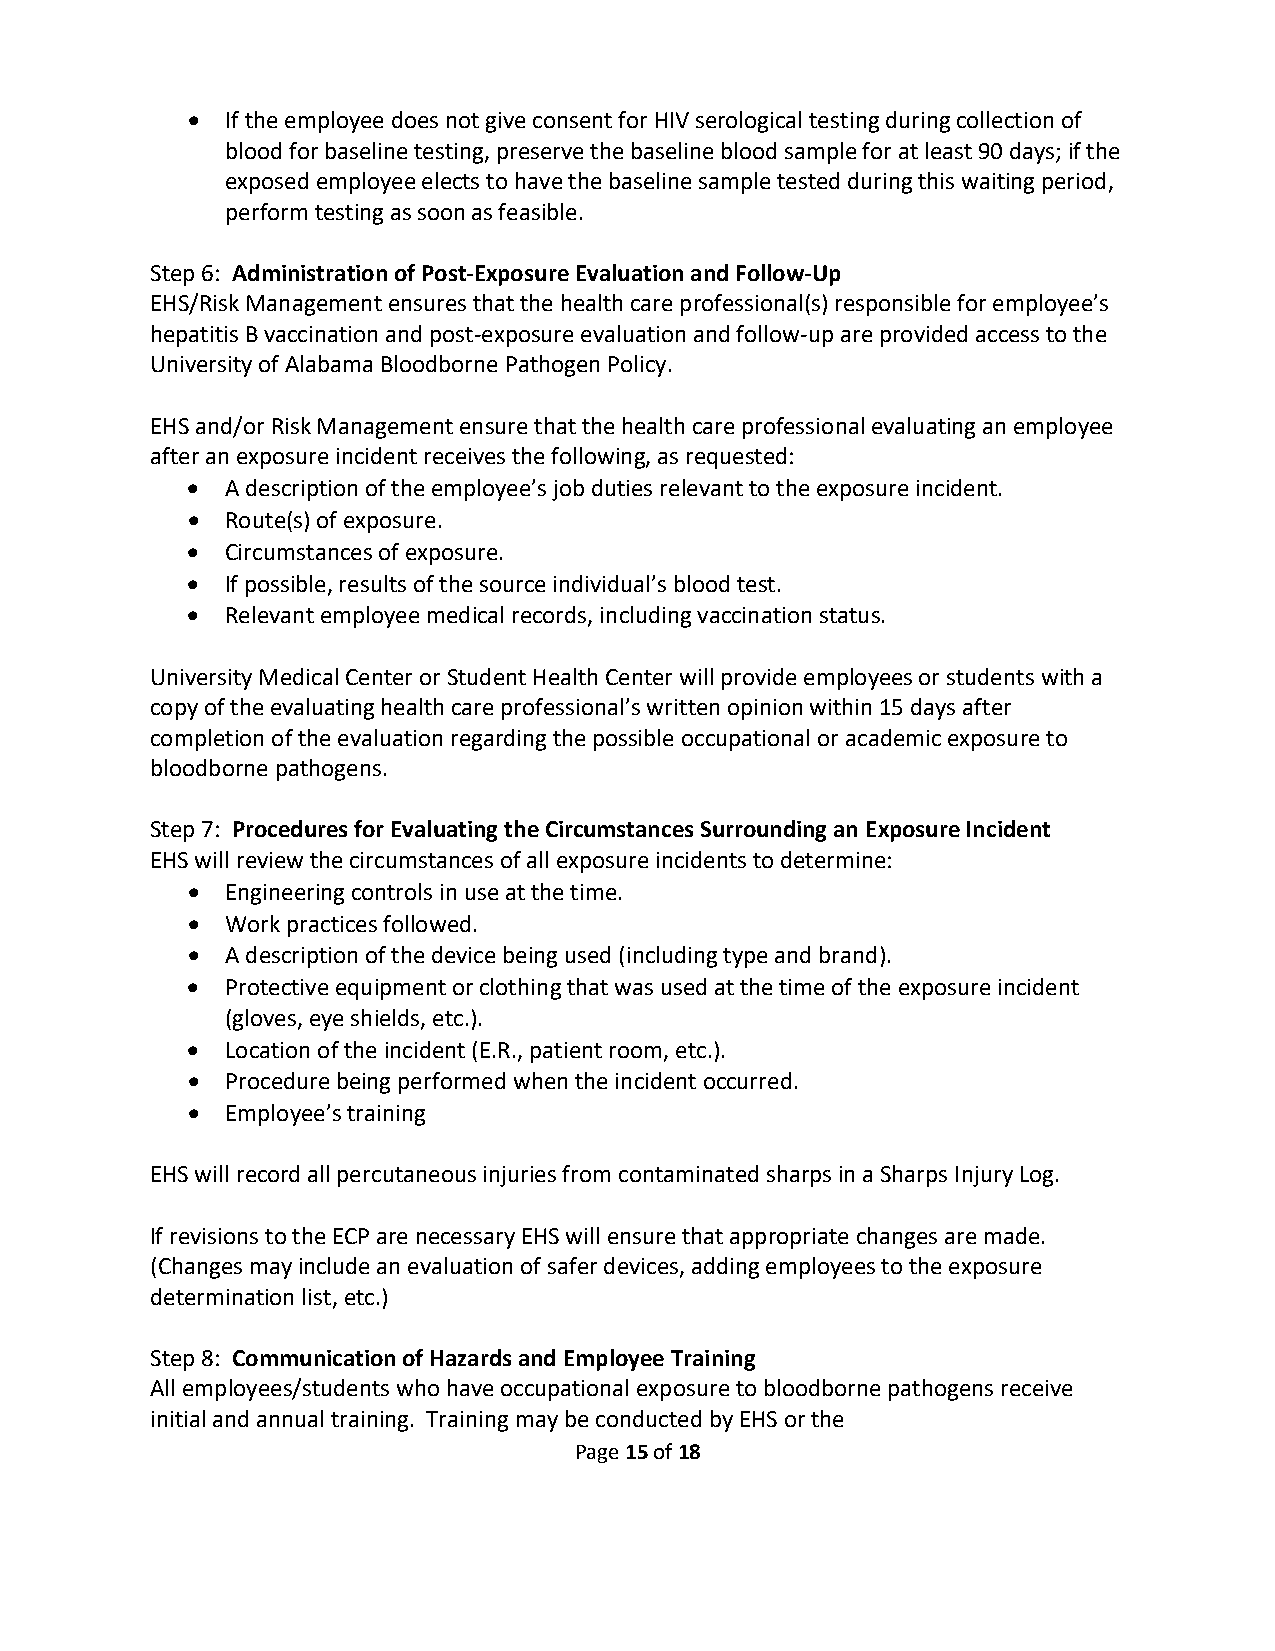
•  If the employee does not give consent for HIV serological testing during collection of
 blood for baseline testing, preserve the baseline blood sample for at least 90 days; if the
 exposed employee elects to have the baseline sample tested during this waiting period,
 perform testing as soon as feasible.
 Step 6: Administration of Post-Exposure Evaluation and Follow-Up
 EHS/Risk Management ensures that the health care professional(s) responsible for employee’s
 hepatitis B vaccination and post-exposure evaluation and follow-up are provided access to the
 University of Alabama Bloodborne Pathogen Policy.
 EHS and/or Risk Management ensure that the health care professional evaluating an employee
 after an exposure incident receives the following, as requested:
 •  A description of the employee’s job duties relevant to the exposure incident.
 •  Route(s) of exposure.
 •  Circumstances of exposure.
 •  If possible, results of the source individual’s blood test.
 •  Relevant employee medical records, including vaccination status.
 University Medical Center or Student Health Center will provide employees or students with a
 copy of the evaluating health care professional’s written opinion within 15 days after
 completion of the evaluation regarding the possible occupational or academic exposure to
 bloodborne pathogens.
 Step 7: Procedures for Evaluating the Circumstances Surrounding an Exposure Incident
 EHS will review the circumstances of all exposure incidents to determine:
 •  Engineering controls in use at the time.
 •  Work practices followed.
 •  A description of the device being used (including type and brand).
 •  Protective equipment or clothing that was used at the time of the exposure incident
 (gloves, eye shields, etc.).
 •  Location of the incident (E.R., patient room, etc.).
 •  Procedure being performed when the incident occurred.
 •  Employee’s training
 EHS will record all percutaneous injuries from contaminated sharps in a Sharps Injury Log.
 If revisions to the ECP are necessary EHS will ensure that appropriate changes are made.
 (Changes may include an evaluation of safer devices, adding employees to the exposure
 determination list, etc.)
 Step 8: Communication of Hazards and Employee Training
 All employees/students who have occupational exposure to bloodborne pathogens receive
 initial and annual training. Training may be conducted by EHS or the
 Page 15 of 18